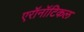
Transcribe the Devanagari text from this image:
एरॉनॉटिकल